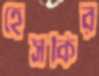
হেসকির